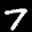
Label: 7